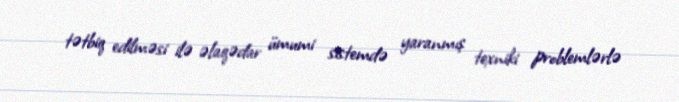
tətbiq edilməsi ilə əlaqədar ümumi sistemdə yaranmış texniki problemlərlə